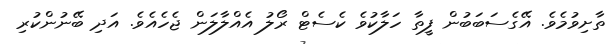
ތާށިވުމެވެ. އޭގެސަބަބުން ފީތާ ހަލާކުވެ ކެސެޓް ރޯލު އެއްލާލަން ޖެހެއެވެ. އަދި ބޭނުންކުރި